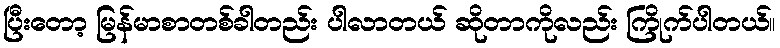
ပြီးတော့ မြန်မာစာတစ်ခါတည်း ပါလာတယ် ဆိုတာကိုလည်း ကြိုက်ပါတယ်။